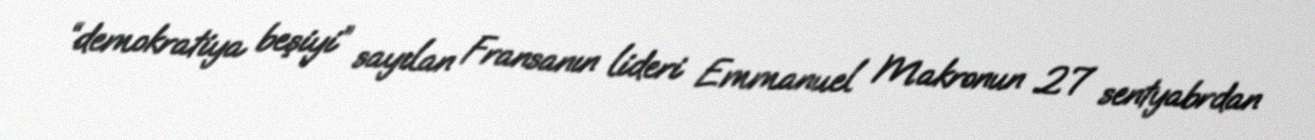
“demokratiya beşiyi” sayılan Fransanın lideri Emmanuel Makronun 27 sentyabrdan